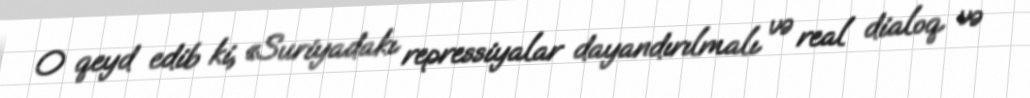
O qeyd edib ki, «Suriyadakı repressiyalar dayandırılmalı və real dialoq və